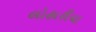
લોહારીયા